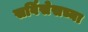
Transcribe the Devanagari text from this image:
सर्विसेसच्या